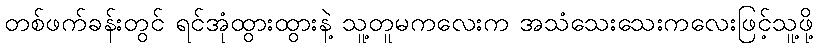
တစ်ဖက်ခန်းတွင် ရင်အုံထွားထွားနဲ့ သူ့တူမကလေးက အသံသေးသေးကလေးဖြင့်သူ့ဖို့